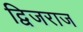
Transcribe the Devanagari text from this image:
द्विजराज